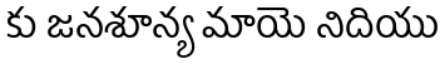
కు జనశూన్య మాయె నిదియు